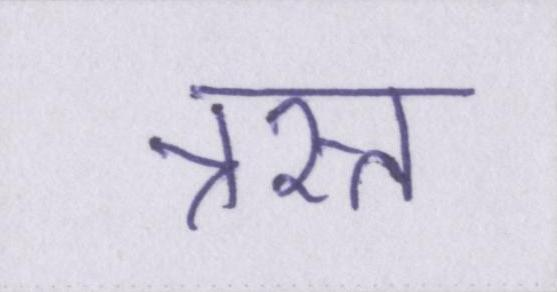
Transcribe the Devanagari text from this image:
त्रस्त